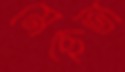
মেছেতা